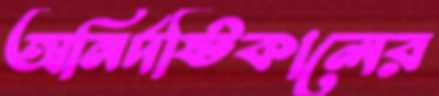
অনির্দষ্টিকালের